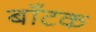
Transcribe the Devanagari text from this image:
बाँटक